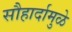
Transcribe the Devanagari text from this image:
सौहार्दामुळे